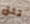
تثق